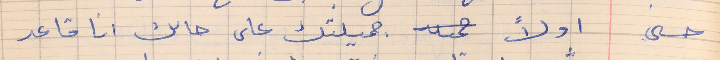
حسني   اولاً  جميلتك على حالك انا قاعد